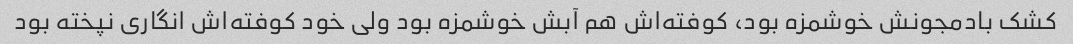
کشک بادمجونش خوشمزه بود، کوفته‌اش هم آبش خوشمزه بود ولی خود کوفته‌اش انگاری نپخته بود